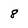
Character: 8